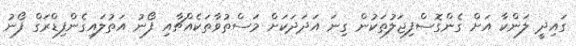
ގައިދީ ލަންކާ އަށް ގެންގޮސްފިޖަލުތަކުން ގިނަ އަދަދަކަށް މަސްތުވާތަކެއްޗާއި ފޯނު އަތުލައިގެންފިޑްރަގް ފޯނު